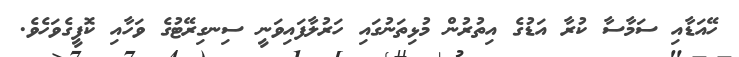
ހޭއަޑާއި ސަމާސާ ކުރާ އަޑުގެ އިތުރުން މުޅިތަނުގައި ހަރުލާފައިވަނީ ސިނގިރޭޓުގެ ވަހާއި ކޮފީގެވަހެވެ.